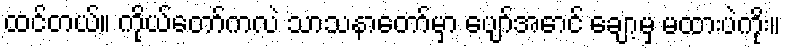
ထင်တယ်။ ကိုယ်တော်ကလဲ သာသနာတော်မှာ ပျော်အောင် ချော့မှ မထားပဲကိုး။